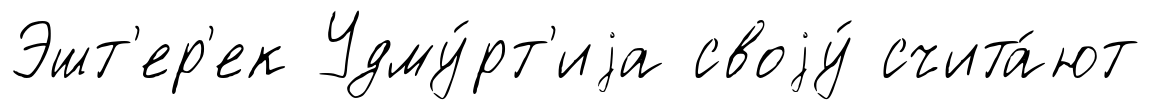
Эшт'ер'ек Удму́рт'иjа своjу́ счита́ют